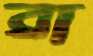
ব্রা